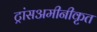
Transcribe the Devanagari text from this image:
ट्रांसअमीनीकृत